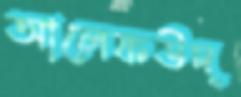
আলেফউদ্